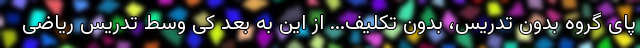
پای گروه بدون تدریس، بدون تکلیف... از این به بعد کی وسط تدریس ریاضی